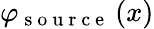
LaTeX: {{\varphi}_{\mathrm{~s~o~u~r~c~e~}}}\left(x\right)